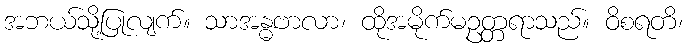
အဘယ်သို့ပြုလျက်။ သာအန္ဓဗာလာ၊ ထိုအမိုက်မဥတ္တရာသည်။ ဝိစရတိ၊